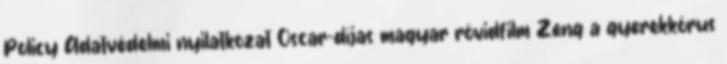
Policy Adatvédelmi nyilatkozat Oscar-díjas magyar rövidfilm Zeng a gyerekkórus